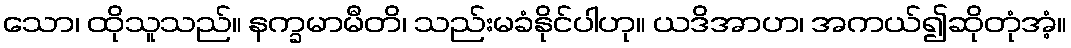
သော၊ ထိုသူသည်။ နက္ခမာမီတိ၊ သည်းမခံနိုင်ပါဟု။ ယဒိအာဟ၊ အကယ်၍ဆိုတုံအံ့။